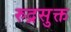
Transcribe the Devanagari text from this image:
रुद्रसुक्त